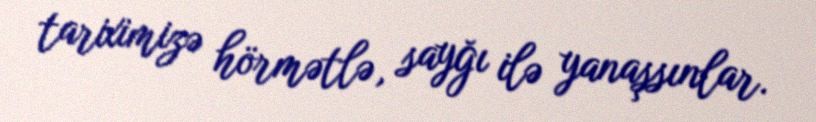
tariximizə hörmətlə, sayğı ilə yanaşsınlar.